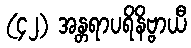
(၄၂) အန္တရာပရိနိဗ္ဗာယီ